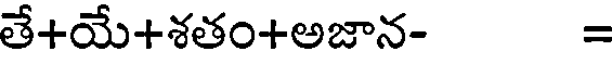
తే+యే+శతం+అజాన- =